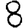
Digit: 8